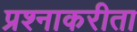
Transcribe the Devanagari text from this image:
प्रश्नाकरीता